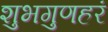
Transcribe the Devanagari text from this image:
शुभगुणहरं